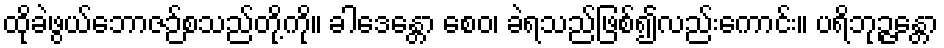
ထိုခဲဖွယ်ဘောဇဉ်စသည်တို့ကို။ ခါဒေန္တော စေဝ၊ ခဲရသည်ဖြစ်၍လည်းကောင်း။ ပရိဘုဉ္ဇန္တော